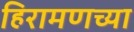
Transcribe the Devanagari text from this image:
हिरामणच्या